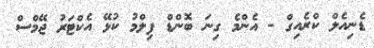
ޑެނިއެލް ކްރެއިގް - އެންމެ ގިނަ ބޮންޑް ފިލްމު ކުޅޭ އެކްޓަރު ޖޭމްސް